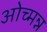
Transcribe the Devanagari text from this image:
ओच्मन्न